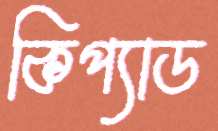
কিপ্যাড